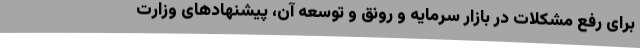
برای رفع مشکلات در بازار سرمایه و رونق و توسعه آن، پیشنهادهای وزارت